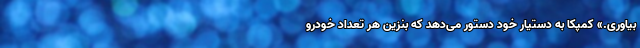
بیاوری.» کمپکا به دستیار خود دستور می‌دهد که بنزین هر تعداد خودرو